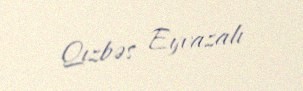
Qızbəs Eyvazalı